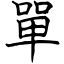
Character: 單